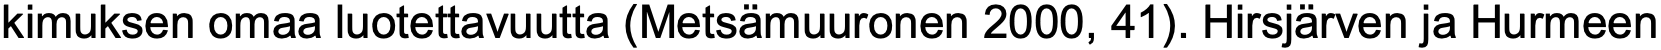
kimuksen omaa luotettavuutta (Metsämuuronen 2000, 41). Hirsjärven ja Hurmeen